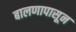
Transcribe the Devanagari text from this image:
बालणापासून